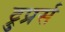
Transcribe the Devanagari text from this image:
ट्रुप्रर्स